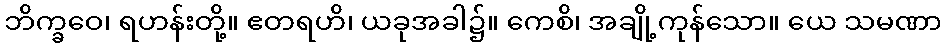
ဘိက္ခဝေ၊ ရဟန်းတို့။ ဧတရဟိ၊ ယခုအခါ၌။ ကေစိ၊ အချို့ကုန်သော။ ယေ သမဏာ